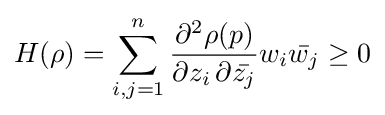
H(\rho )=\sum _{i,j=1}^{n}{\frac {\partial ^{2}\rho (p)}{\partial z_{i}\,\partial {\bar {z_{j}}}}}w_{i}{\bar {w_{j}}}\geq 0